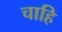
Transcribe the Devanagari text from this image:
चाहि